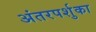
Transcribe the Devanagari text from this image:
अंतरपर्शुका